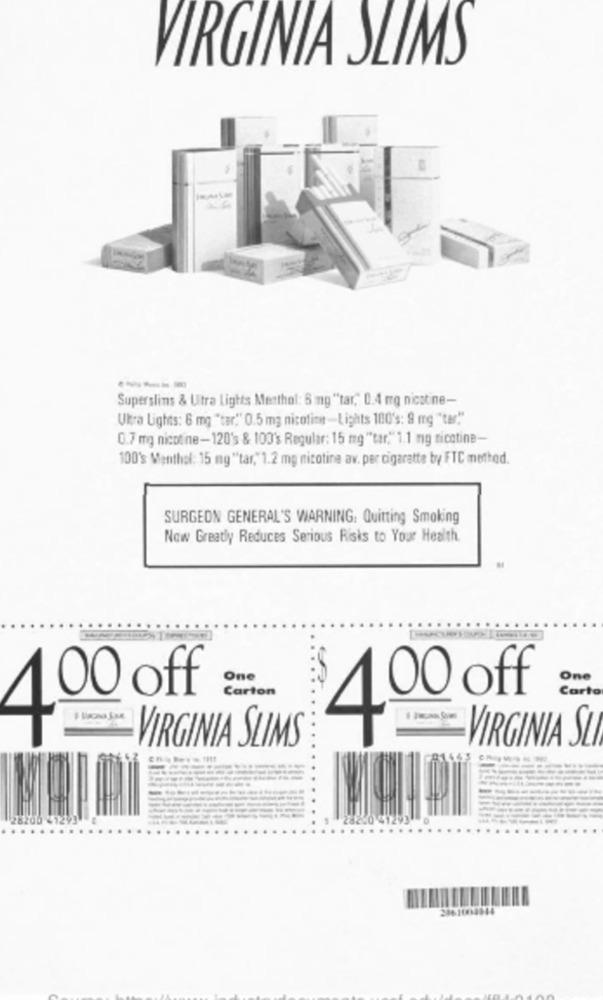
MS
VIRGINI
-----
Superslins & Utra lights Menthol: 6 mg "tar," 0.4 mg nicotine-
Ukra Lights: 6 mg "tar." 0.5 mg nicotine -Lights 180's: 9 mg "ter"
0.7 mg nicotine-120's & 100's Regular: 15 mg ""tar." 1.1 mg nicotina-
100's Menthol: 15 mg "tar,"1.2 mg nicotina av. per cigarette by FTC method.
SURGEON GENERAL'S WARNING: Quitting Smoking
Now Greatly Reduces Serious Risks to Your Health.
...
...
...
One
One
00 off
Carton
00 off
Carto
VIRGINIA SL
VIRGINIA SLIMS
40
2861004314